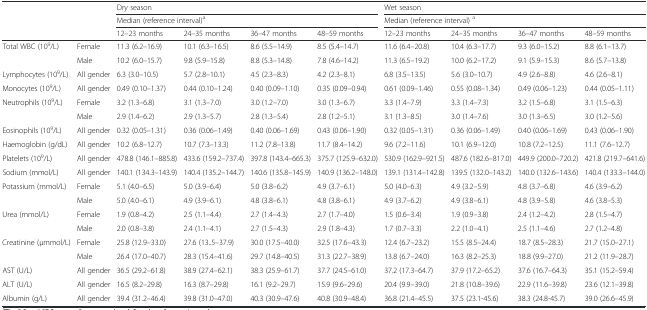
<table><thead><tr><td rowspan="2">[EMPTY_CELL]</td><td rowspan="2">[EMPTY_CELL]</td><td colspan="4"><b>Dry season</b></td><td colspan="4"><b>Wet season</b></td></tr><tr><td colspan="4"><b>Median (reference interval)<sup>a</sup></b></td><td colspan="4"><b>Median (reference interval) <sup>a</sup></b></td></tr><tr><td>[EMPTY_CELL]</td><td>[EMPTY_CELL]</td><td><b>12–23 months</b></td><td><b>24–35 months</b></td><td><b>36–47 months</b></td><td><b>48–59 months</b></td><td><b>12–23 months</b></td><td><b>24–35 months</b></td><td><b>36–47 months</b></td><td><b>48–59 months</b></td></tr></thead><tbody><tr><td rowspan="2">Total WBC (10<sup>9</sup>/L)</td><td>Female</td><td>11.3 (6.2–16.9)</td><td>10.1 (6.3–16.5)</td><td>8.6 (5.5–14.9)</td><td>8.5 (5.4–14.7)</td><td>11.6 (6.4–20.8)</td><td>10.4 (6.3–17.7)</td><td>9.3 (6.0–15.2)</td><td>8.8 (6.1–13.7)</td></tr><tr><td>Male</td><td>10.2 (6.0–15.7)</td><td>9.8 (5.9–15.8)</td><td>8.8 (5.3–14.8)</td><td>7.8 (4.6–14.2)</td><td>11.3 (6.5–19.2)</td><td>10.0 (6.2–17.2)</td><td>9.1 (5.9–15.3)</td><td>8.6 (5.7–13.8)</td></tr><tr><td>Lymphocytes (10<sup>9</sup>/L)</td><td>All gender</td><td>6.3 (3.0–10.5)</td><td>5.7 (2.8–10.1)</td><td>4.5 (2.3–8.3)</td><td>4.2 (2.3–8.1)</td><td>6.8 (3.5–13.5)</td><td>5.6 (3.0–10.7)</td><td>4.9 (2.6–8.8)</td><td>4.6 (2.6–8.1)</td></tr><tr><td>Monocytes (10<sup>9</sup>/L)</td><td>All gender</td><td>0.49 (0.10–1.37)</td><td>0.44 (0.10–1.24)</td><td>0.40 (0.09–1.10)</td><td>0.35 (0.09–0.94)</td><td>0.61 (0.09–1.46)</td><td>0.55 (0.08–1.34)</td><td>0.49 (0.06–1.23)</td><td>0.44 (0.05–1.11)</td></tr><tr><td rowspan="2">Neutrophils (10<sup>9</sup>/L)</td><td>Female</td><td>3.2 (1.3–6.8)</td><td>3.1 (1.3–7.0)</td><td>3.0 (1.2–7.0)</td><td>3.0 (1.3–6.7)</td><td>3.3 (1.4–7.9)</td><td>3.3 (1.4–7.3)</td><td>3.2 (1.5–6.8)</td><td>3.1 (1.5–6.3)</td></tr><tr><td>Male</td><td>2.9 (1.4–6.2)</td><td>2.9 (1.3–5.7)</td><td>2.8 (1.3–5.4)</td><td>2.8 (1.2–5.1)</td><td>3.1 (1.3–8.5)</td><td>3.0 (1.4–7.6)</td><td>3.0 (1.3–6.5)</td><td>3.0 (1.2–5.6)</td></tr><tr><td>Eosinophils (10<sup>9</sup>/L)</td><td>All gender</td><td>0.32 (0.05–1.31)</td><td>0.36 (0.06–1.49)</td><td>0.40 (0.06–1.69)</td><td>0.43 (0.06–1.90)</td><td>0.32 (0.05–1.31)</td><td>0.36 (0.06–1.49)</td><td>0.40 (0.06–1.69)</td><td>0.43 (0.06–1.90)</td></tr><tr><td>Haemoglobin (g/dL)</td><td>All gender</td><td>10.2 (6.8–12.7)</td><td>10.7 (7.3–13.3)</td><td>11.2 (7.8–13.8)</td><td>11.7 (8.4–14.2)</td><td>9.6 (7.2–11.6)</td><td>10.1 (6.9–12.0)</td><td>10.8 (7.2–12.5)</td><td>11.1 (7.6–12.7)</td></tr><tr><td>Platelets (10<sup>9</sup>/L)</td><td>All gender</td><td>478.8 (146.1–885.8)</td><td>433.6 (159.2–737.4)</td><td>397.8 (143.4–665.3)</td><td>375.7 (125.9–632.0)</td><td>530.9 (162.9–921.5)</td><td>487.6 (182.6–817.0)</td><td>449.9 (200.0–720.2)</td><td>421.8 (219.7–641.6)</td></tr><tr><td>Sodium (mmol/L)</td><td>All gender</td><td>140.1 (134.3–143.9)</td><td>140.4 (135.2–144.7)</td><td>140.6 (135.8–145.9)</td><td>140.9 (136.2–148.0)</td><td>139.1 (131.4–142.8)</td><td>139.5 (132.0–143.2)</td><td>140.0 (132.6–143.6)</td><td>140.4 (133.3–144.0)</td></tr><tr><td>Potassium (mmol/L)</td><td>Female</td><td>5.1 (4.0–6.5)</td><td>5.0 (3.9–6.4)</td><td>5.0 (3.8–6.2)</td><td>4.9 (3.7–6.1)</td><td>5.0 (4.0–6.3)</td><td>4.9 (3.2–5.9)</td><td>4.8 (3.7–6.8)</td><td>4.6 (3.9–6.2)</td></tr><tr><td>[EMPTY_CELL]</td><td>Male</td><td>5.0 (4.0–6.1)</td><td>4.9 (3.9–6.1)</td><td>4.8 (3.8–6.1)</td><td>4.8 (3.8–6.1)</td><td>4.9 (3.7–6.2)</td><td>4.9 (3.8–6.1)</td><td>4.8 (3.9–5.8)</td><td>4.6 (3.8–5.3)</td></tr><tr><td>Urea (mmol/L)</td><td>Female</td><td>1.9 (0.8–4.2)</td><td>2.5 (1.1–4.4)</td><td>2.7 (1.4–4.3)</td><td>2.7 (1.7–4.0)</td><td>1.5 (0.6–3.4)</td><td>1.9 (0.9–3.8)</td><td>2.4 (1.2–4.2)</td><td>2.8 (1.5–4.7)</td></tr><tr><td>[EMPTY_CELL]</td><td>Male</td><td>2.0 (0.8–3.8)</td><td>2.4 (1.1–4.1)</td><td>2.7 (1.5–4.3)</td><td>2.9 (1.8–4.3)</td><td>1.7 (0.7–3.3)</td><td>2.2 (1.0–4.1)</td><td>2.5 (1.1–4.6)</td><td>2.7 (1.2–4.8)</td></tr><tr><td>Creatinine (μmmol/L)</td><td>Female</td><td>25.8 (12.9–33.0)</td><td>27.6 (13..5–37.9)</td><td>30.0 (17.5–40.0)</td><td>32.5 (17.6–43.3)</td><td>12.4 (6.7–23.2)</td><td>15.5 (8.5–24.4)</td><td>18.7 (8.5–28.3)</td><td>21.7 (15.0–27.1)</td></tr><tr><td>[EMPTY_CELL]</td><td>Male</td><td>26.4 (17.0–40.7)</td><td>28.3 (15.4–41.6)</td><td>29.7 (14.8–40.5)</td><td>31.3 (22.7–38.9)</td><td>13.8 (6.7–24.0)</td><td>16.3 (8.2–25.3)</td><td>18.8 (9.9–27.0)</td><td>21.2 (11.9–28.7)</td></tr><tr><td>AST (U/L)</td><td>All gender</td><td>36.5 (29.2–61.8)</td><td>38.9 (27.4–62.1)</td><td>38.3 (25.9–61.7)</td><td>37.7 (24.5–61.0)</td><td>37.2 (17.3–64.7)</td><td>37.9 (17.2–65.2)</td><td>37.6 (16.7–64.3)</td><td>35.1 (15.2–59.4)</td></tr><tr><td>ALT (U/L)</td><td>All gender</td><td>16.5 (8.2–29.8)</td><td>16.3 (8.7–29.8)</td><td>16.1 (9.2–29.7)</td><td>15.9 (9.6–29.6)</td><td>20.4 (9.9–39.0)</td><td>21.8 (10.8–39.6)</td><td>22.9 (11.6–39.8)</td><td>23.6 (12.1–39.8)</td></tr><tr><td>Albumin (g/L)</td><td>All gender</td><td>39.4 (31.2–46.4)</td><td>39.8 (31.0–47.0)</td><td>40.3 (30.9–47.6)</td><td>40.8 (30.9–48.4)</td><td>36.8 (21.4–45.5)</td><td>37.5 (23.1-45.6)</td><td>38.3 (24.8-45.7)</td><td>39.0 (26.6–45.9)</td></tr></tbody></table>